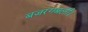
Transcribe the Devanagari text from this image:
बजरंगबली।